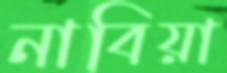
নাবিয়া